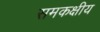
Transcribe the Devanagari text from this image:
समकक्षीय